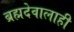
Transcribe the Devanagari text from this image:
ब्रह्मदेवालाही